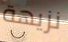
نزيهة